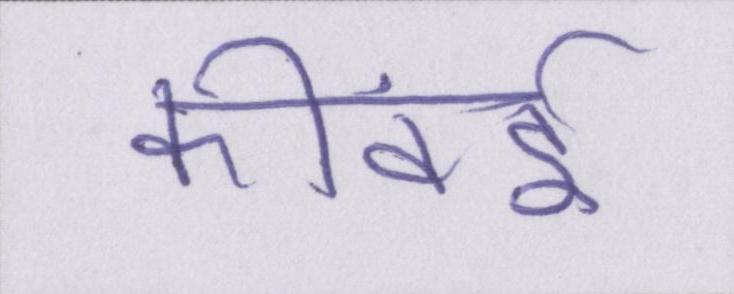
कीवर्ड